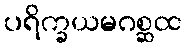
ပရိက္ခယမဂစ္ဆထ